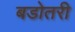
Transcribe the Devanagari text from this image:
बडोतरी